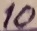
Text: 10